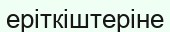
еріткіштеріне